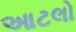
આટલો